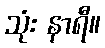
သုံး နာရီ။